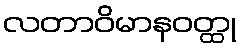
လတာဝိမာနဝတ္ထု